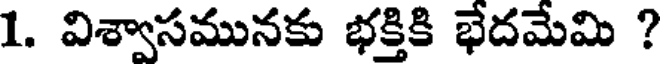
1. విశ్వాసమునకు భక్తికి భేదమేమి ?